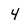
Character: 4